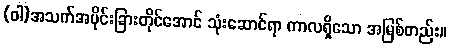
(ဝါ)အသက်အပိုင်းခြားတိုင်အောင် သုံးဆောင်ရာ ကာလရှိသော အမြစ်တည်း။